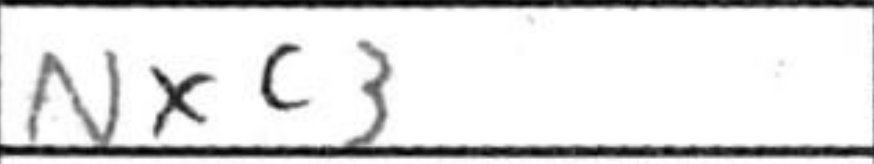
Transcription: Nxc3